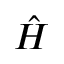
\hat { H }